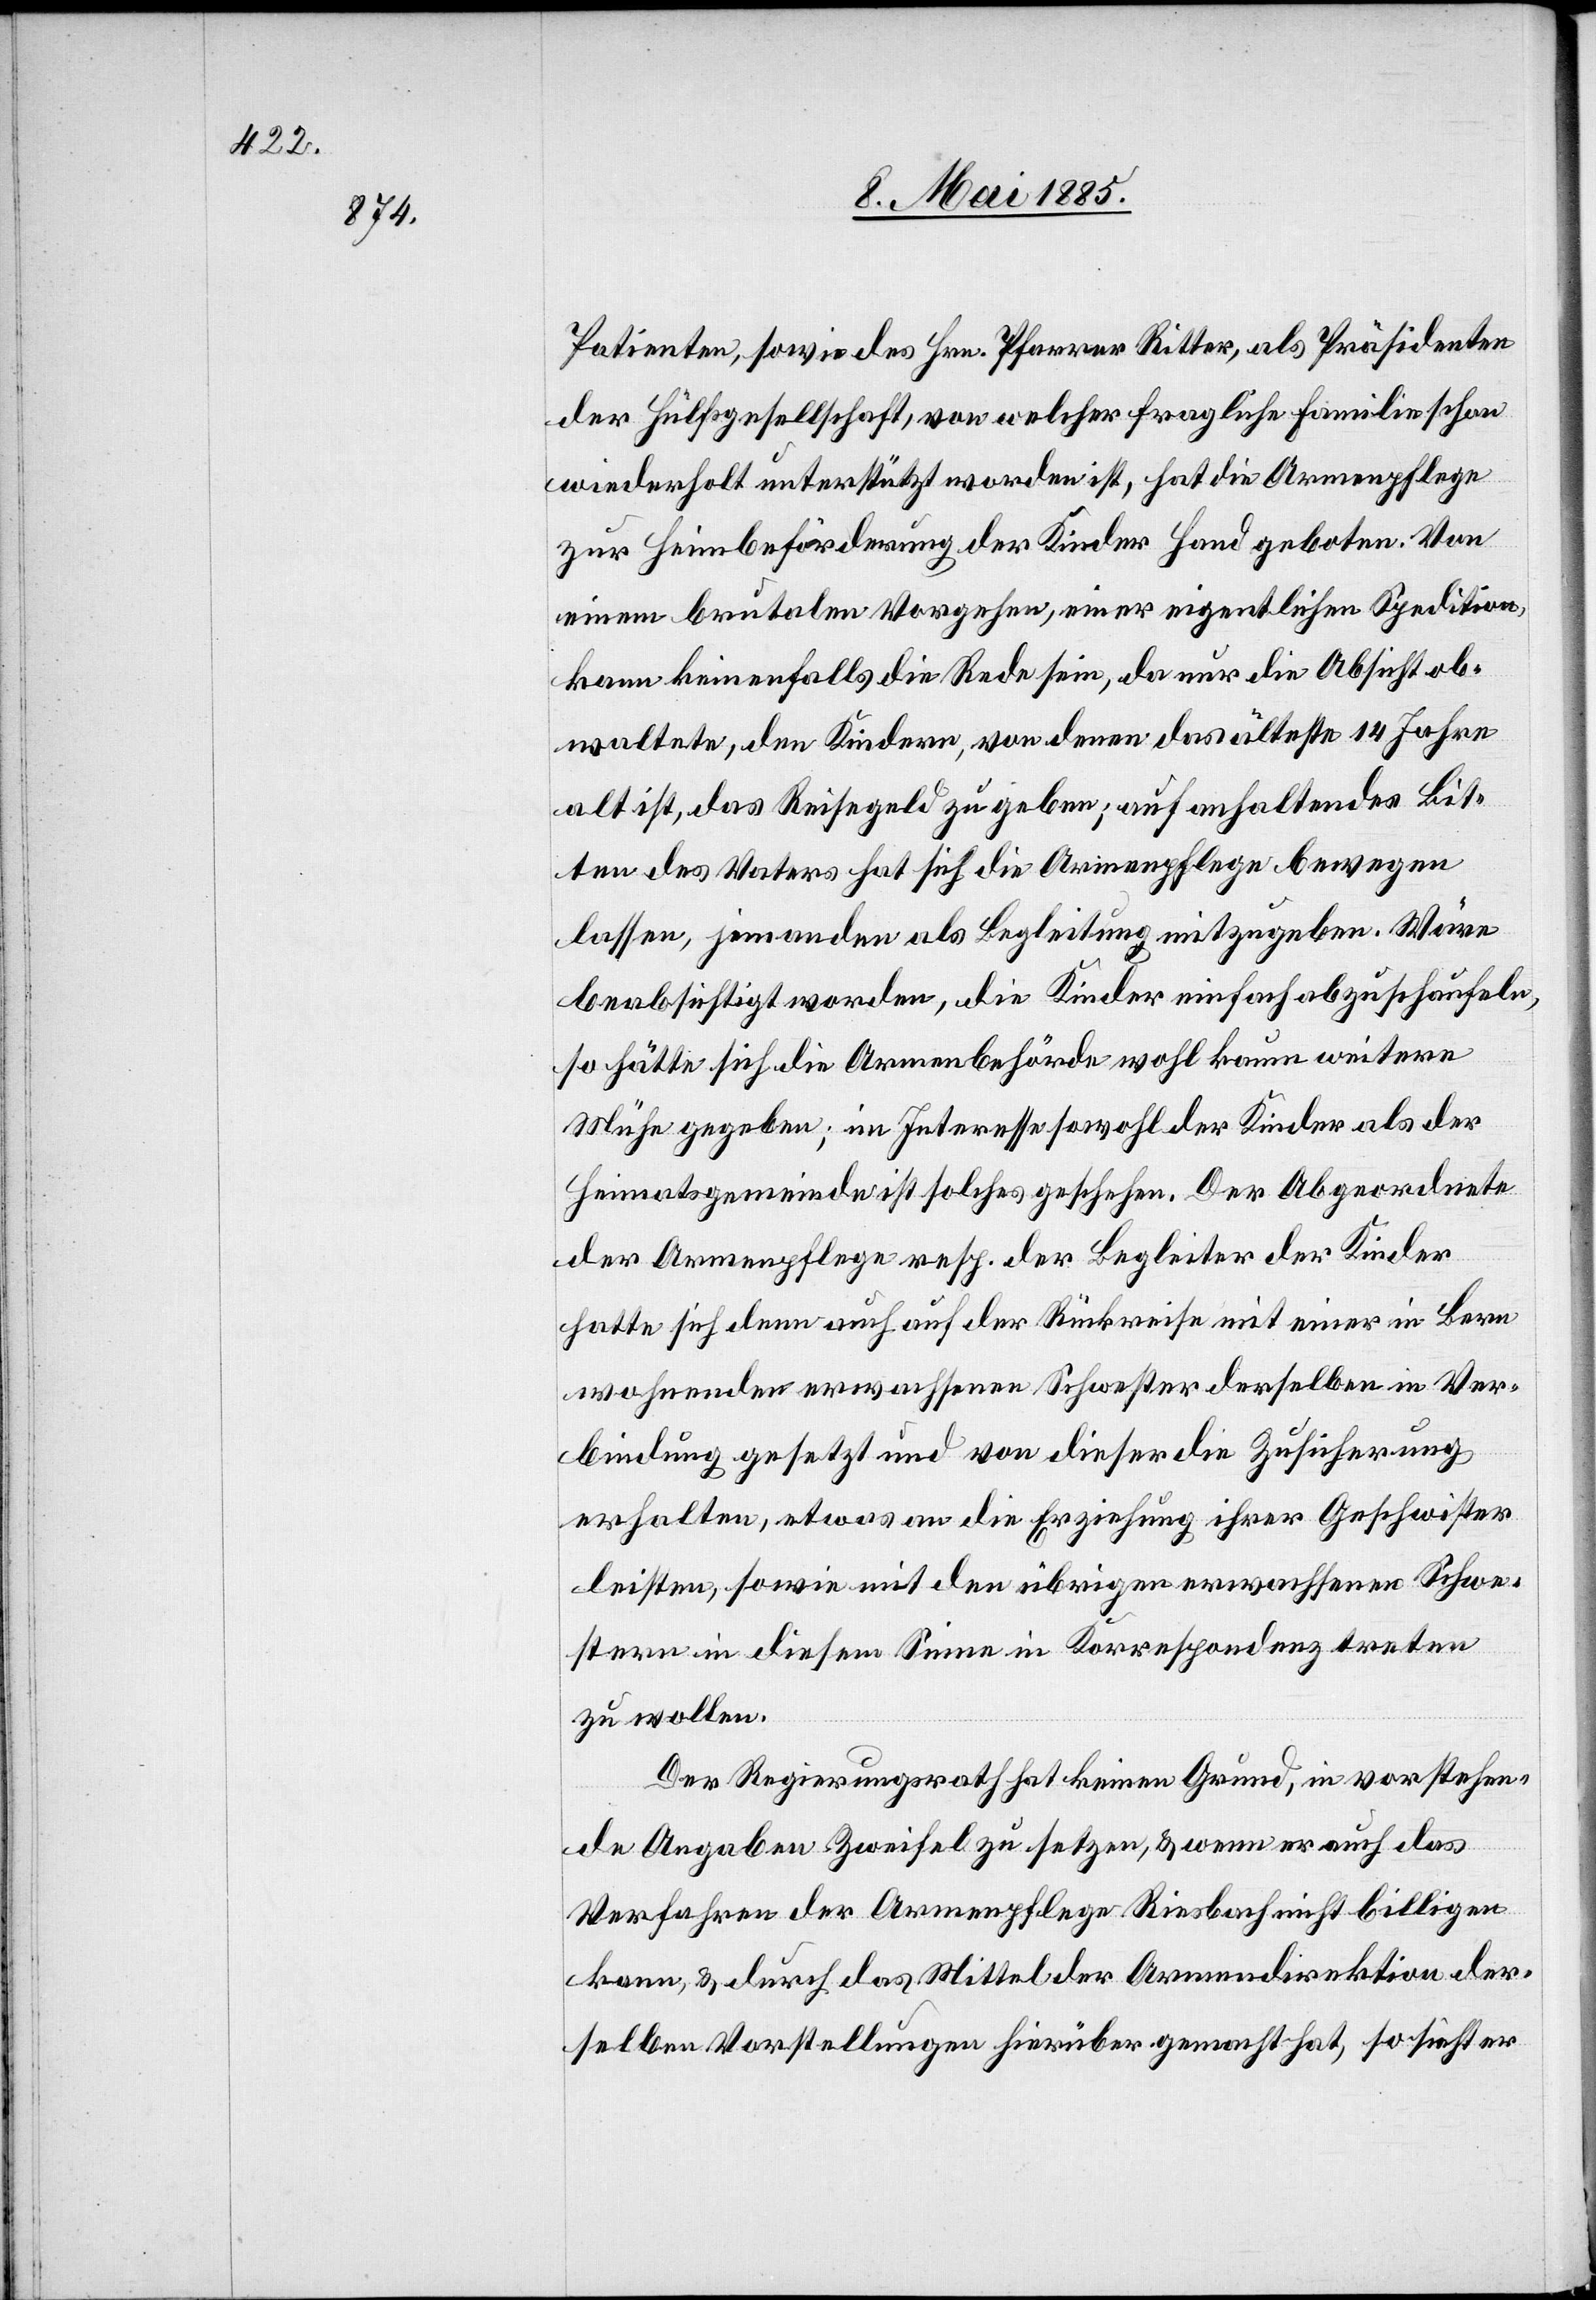
Patienten, sowie des Hrn. Pfarrer Ritter, als Präsidenten
der Hülfsgesellschaft, von welcher fragliche Familie schon
wiederholt unterstützt worden ist, hat die Armenpflege
zur Heimbeförderung der Kinder Hand geboten. Von
einem brutalen Vorgehen, einer eigentlichen Spedition,
kann keinesfalls die Rede sein, da nur die Absicht ob¬
waltete, den Kindern, von denen das älteste 14 Jahre
alt ist, das Reisegeld zu geben; auf anhaltendes Bit¬
ten des Vaters hat sich die Armenpflege bewegen
lassen, jemanden als Begleitung mitzugeben. Wäre
beabsichtigt worden, die Kinder einfach abzuschaufeln,
so hätte sich die Armenbehörde wohl kaum weitere
Mühe gegeben; im Interesse sowohl der Kinder als der
Heimatgemeinde ist solches geschehen. Der Abgeordnete
der Armenpflege resp. der Begleiter der Kinder
hatte sich denn auch auf der Rückreise mit einer in Bern
wohnenden erwachsenen Schwester derselben in Ver¬
bindung gesetzt und von dieser die Zusicherung
erhalten, etwas an die Erziehung ihrer Geschwister
leisten, sowie mit den übrigen erwachsenen Schwe¬
stern in diesem Sinne in Korrespondenz treten
zu wollen.
Der Regierungsrath hat keinen Grund, in vorstehen¬
de Angaben Zweifel zu setzen, & wenn er auch das
Verfahren der Armenpflege Riesbach nicht billigen
kann, & durch das Mittel der Armendirektion der¬
selben Vorstellungen hierüber gemacht hat, so sieht er